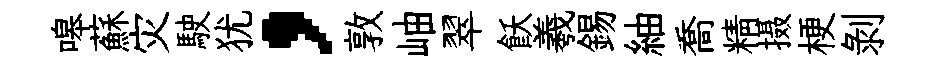
嗥蘇灾駛犹，敦岫翠飫羲錫紬喬精摄梗剥